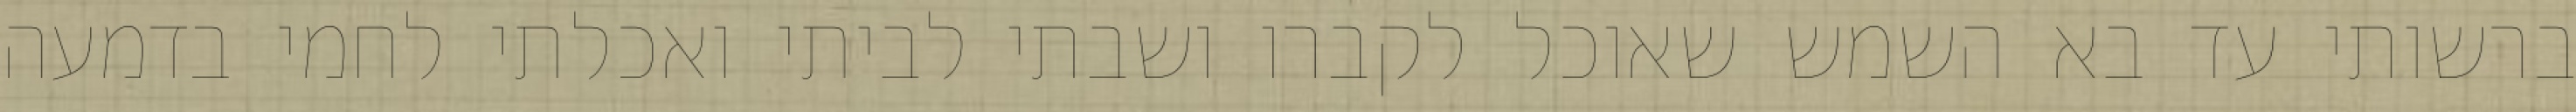
ברשותי עד בא השמש שאוכל לקברו ושבתי לביתי ואכלתי לחמי בדמעה